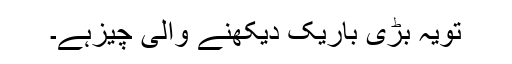
تویہ بڑی باریک دیکھنے والی چیزہے۔